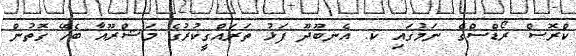
ކްރޮސް ރޯޑްސްގެ ނަމުގައި ކ. އެނބޫދޫ ފަޅު ތަރައްގީކުރުގެ މަޝްރޫއާ ބެހޭ ގޮތުން